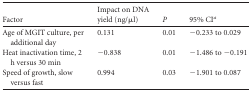
| Factor | Impact on DNA yield (ng/μl) | P | 95% CIa |
 | --- | --- | --- | --- |
 | Age of MGIT culture, per additional day | 0.131 | 0.01 | −0.233 to 0.029 |
 | Heat inactivation time, 2 h versus 30 min | −0.838 | 0.01 | −1.486 to −0.191 |
 | Speed of growth, slow versus fast | 0.994 | 0.03 | −1.901 to 0.087 |